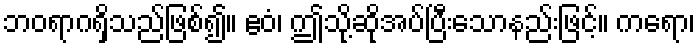
ဘဝရာဂရှိသည်ဖြစ်၍။ ဧဝံ၊ ဤသို့ဆိုအပ်ပြီးသောနည်းဖြင့်။ ကရော၊